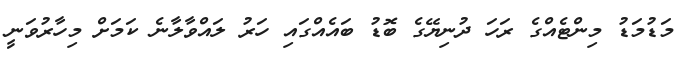
މަޑުމަޑު މިންޓެއްގެ ރަހަ ދުނިޔޭގެ ބޮޑު ބައެއްގައި ހަރު ލައްވާލާނެ ކަމަށް މިހާރުވަނީ